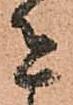
者